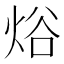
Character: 焀